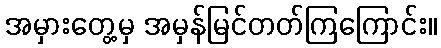
အမှားတွေ့မှ အမှန်မြင်တတ်ကြကြောင်း။